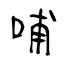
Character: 哺